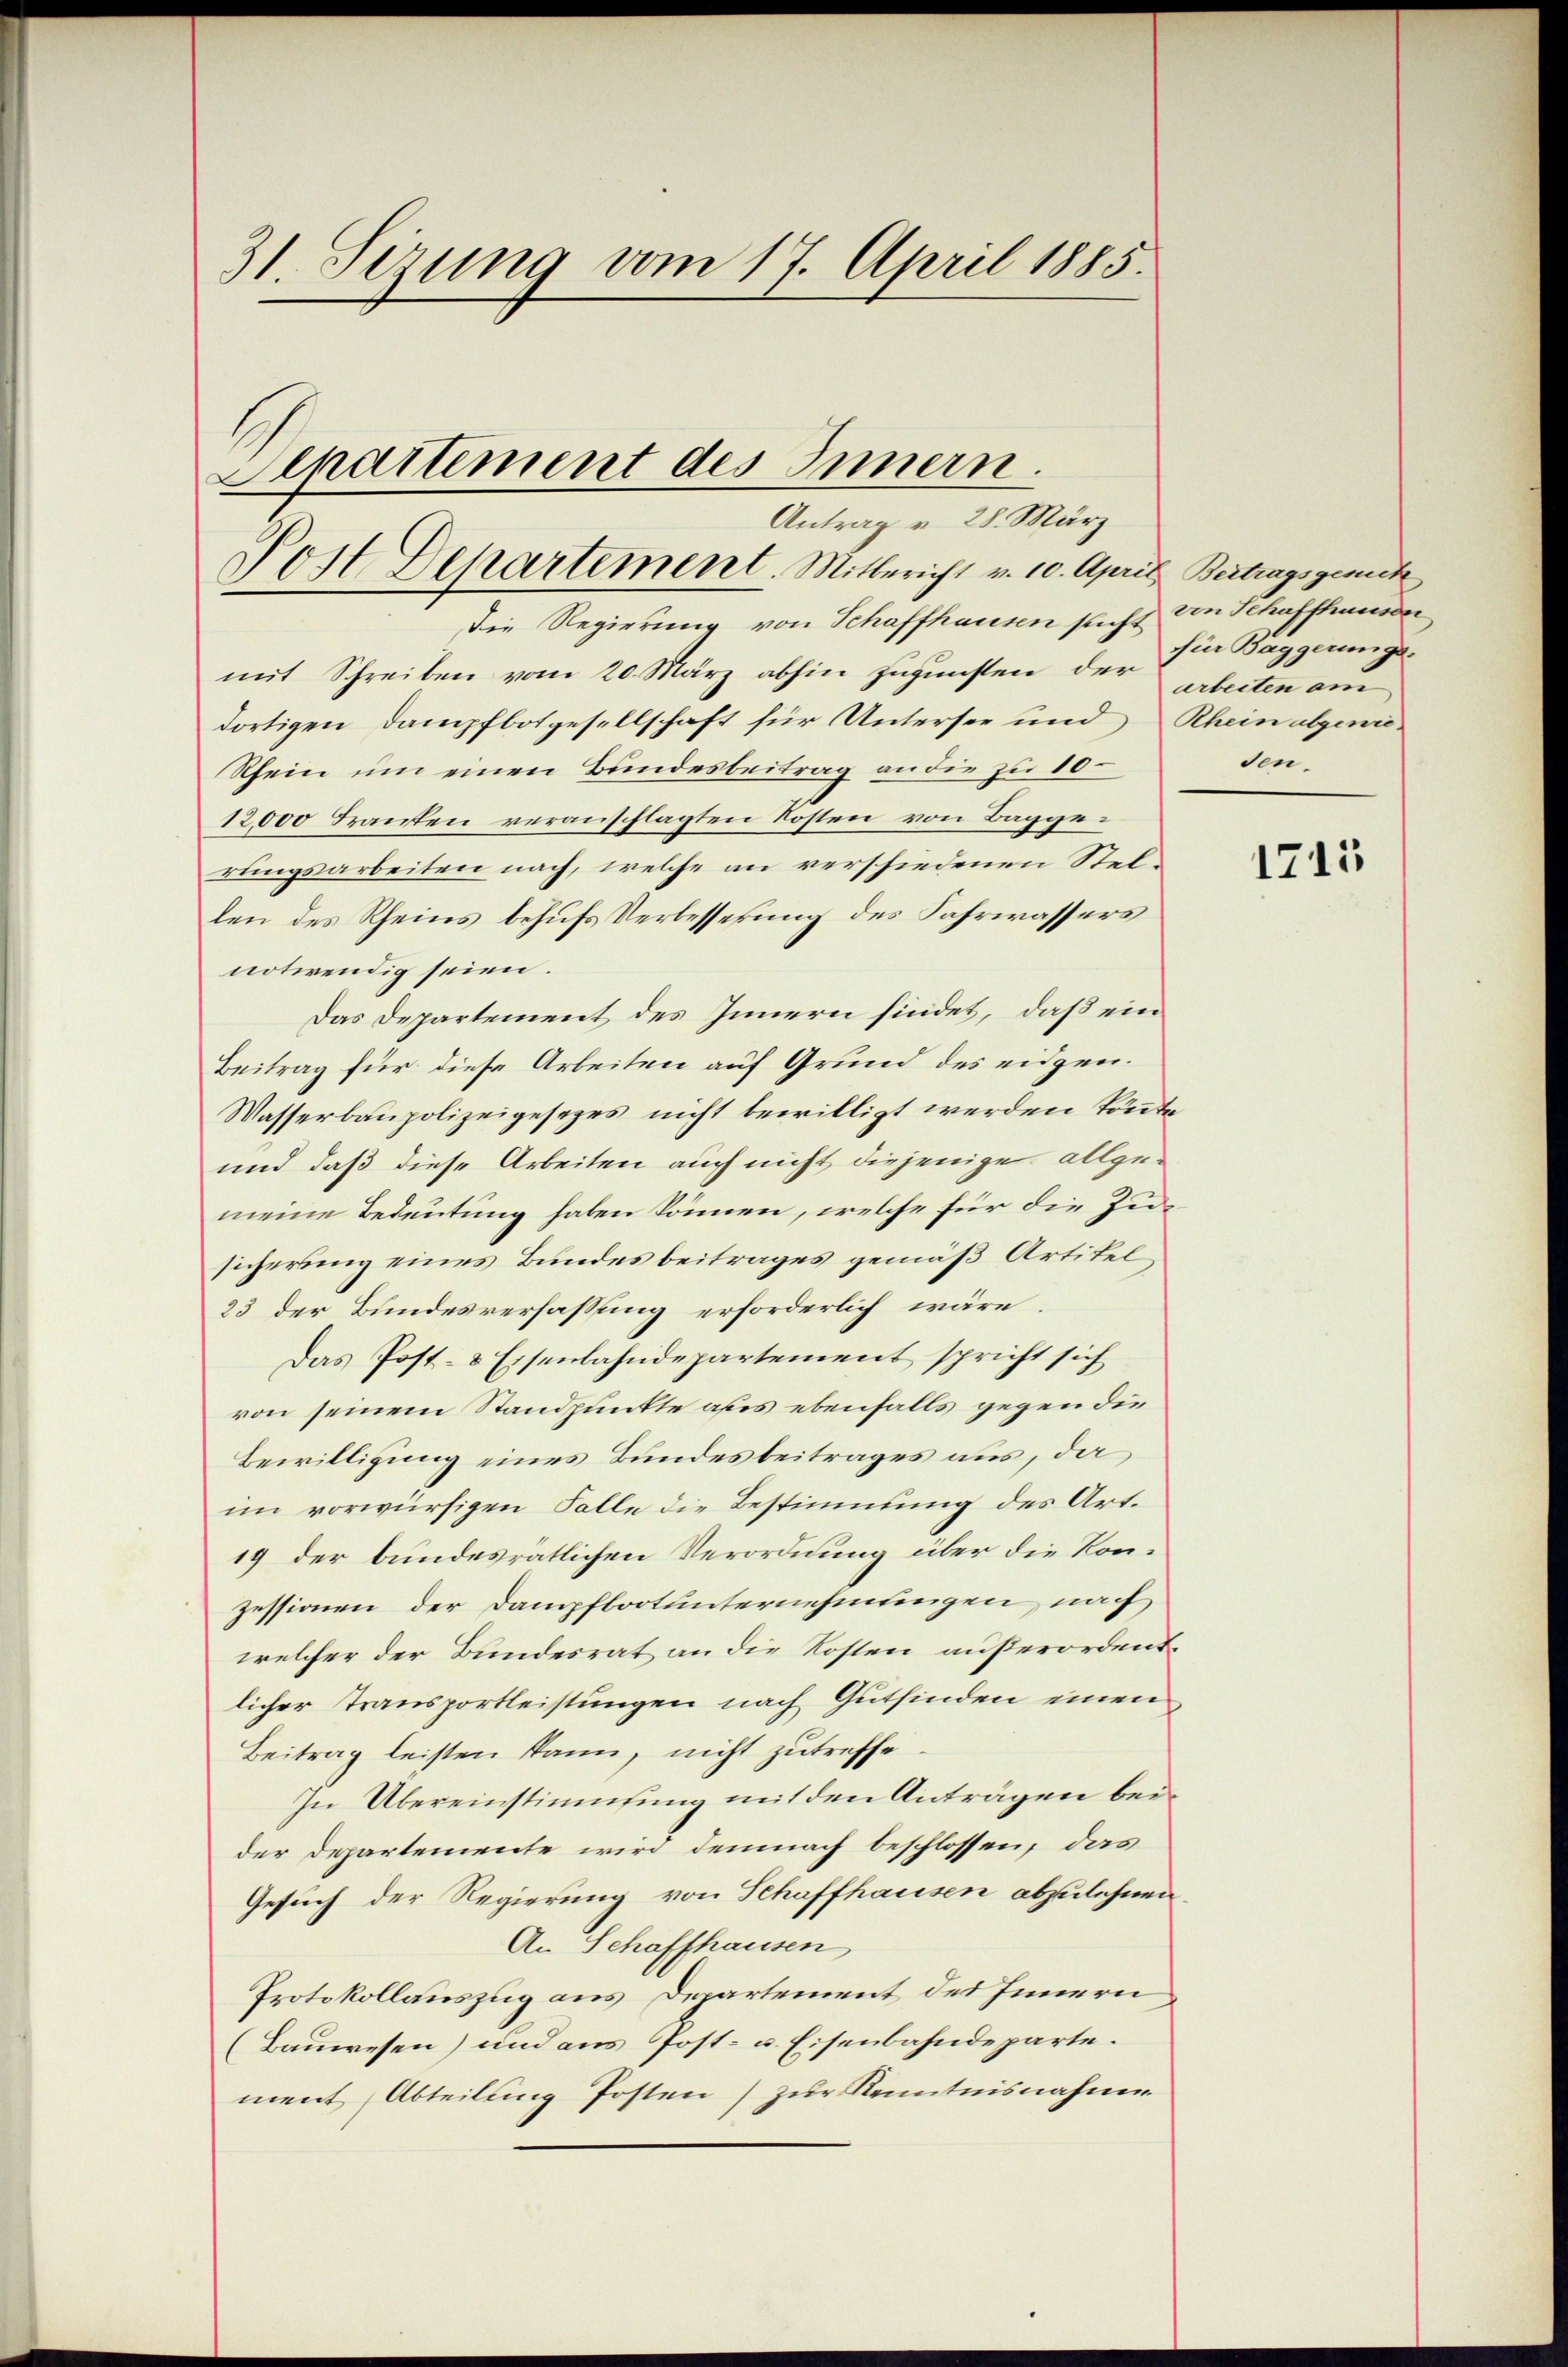
31. Sezung vom 17. April 1885.

Antrag v. 28. März
Post Departement. Mitbericht v. 10. April Beitragsgerich

Alpartement des Innern.

Die Regierung von Schaffhausen sucht von Schaffhausen
mit Schreiben vom 20. März abhin zugunsten der arbeiten am
dortigen Dampfbotgesellschaft für Untersee und Rhein abgenie¬
Rhein um einen Bundesbeitrag an die zu 10
12,000 Franten veranschlagten Kosten von Baggerungsarbeiten nach, welche an verschiedenen Stellen des Rheins behufs Verbesserung des Fahrwassers
notwendig seien.
Das Departement des Innern findet, daß ein
Beitrag für diese Arbeiten auf Grund des eidgen.
Wasserbaupolizeigesezes nicht bewilligt werden könnte.
und daß diese Arbeiten auch nicht diejenige allge-
meine Bedeutung haben können, welche für die Zusicherung eines Bundesbeitrages gemäß Artikel¬
23 der Bundesverfassung erforderlich wäre
Das Post- & Eisenbahndepartement spricht sich
von seinem Standpunkte aus ebenfalls gegen die
Bewilligung eines Bundesbeitrages aus, da
im vorwürfigen Falle die Bestimmung des Art.
19 der bundesrätlichen Verordnung über die Konzessionen der Dampfbootunternehmungen nach
welcher der Bundesrat an die Kosten außerordentlicher Transportleistungen nach Gutfinden einen
Beitrag leisten kann, nicht zutreffe
In Übereinstimmung mit den Anträgen beider Departemente wird demnach beschlossen, das
Gesuch der Regierung von Schaffhausen abzulehnen,
An Schaffhausen
Protokollauszug aus Departement des Innern
(Bauwesen) und aus Post- u. Eisenbahndeparte.
ment (Abteilung Posten) zur Kenntnisnahme

für Baggerungs-
den.

1715